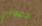
دعوني